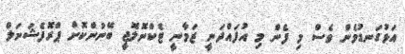
އަޅުގަނޑުމެން ވެސް މި ފެން މި އުފައްދަނީ ޒަމާނީ ޓެކްނޮލޮޖީ ބޭނުންކޮށް ޕްރޮފެޝަނަލް